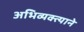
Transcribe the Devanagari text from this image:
अभिव्यक्त्याने